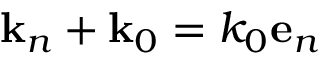
\mathbf { k } _ { n } + \mathbf { k } _ { 0 } = k _ { 0 } \mathbf { e } _ { n }